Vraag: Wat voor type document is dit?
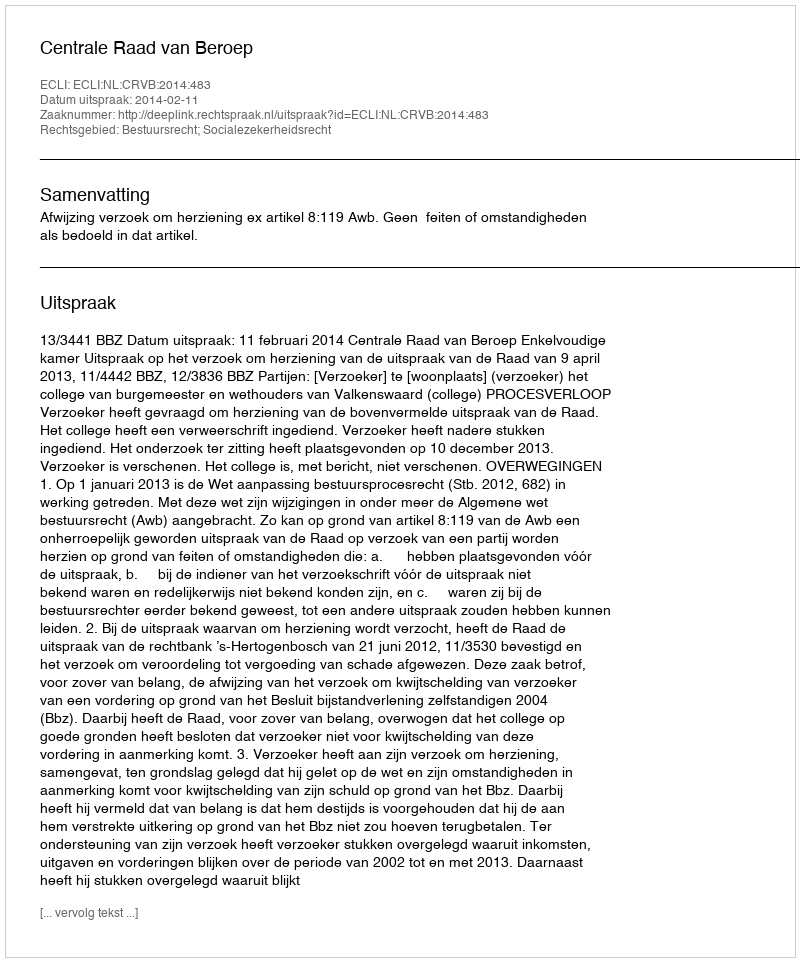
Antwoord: Uitspraak